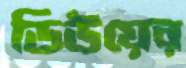
ডিউয়ের